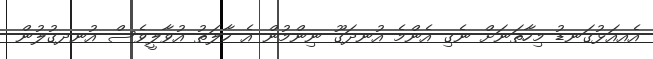
އެއއަޅުގަނޑު މިހާތަނަށް ނެގި އެންމެ އުނދަގޫ ނިންމުން އެ ހާލަތު އުވާލީވެސް އުނދގުލުން